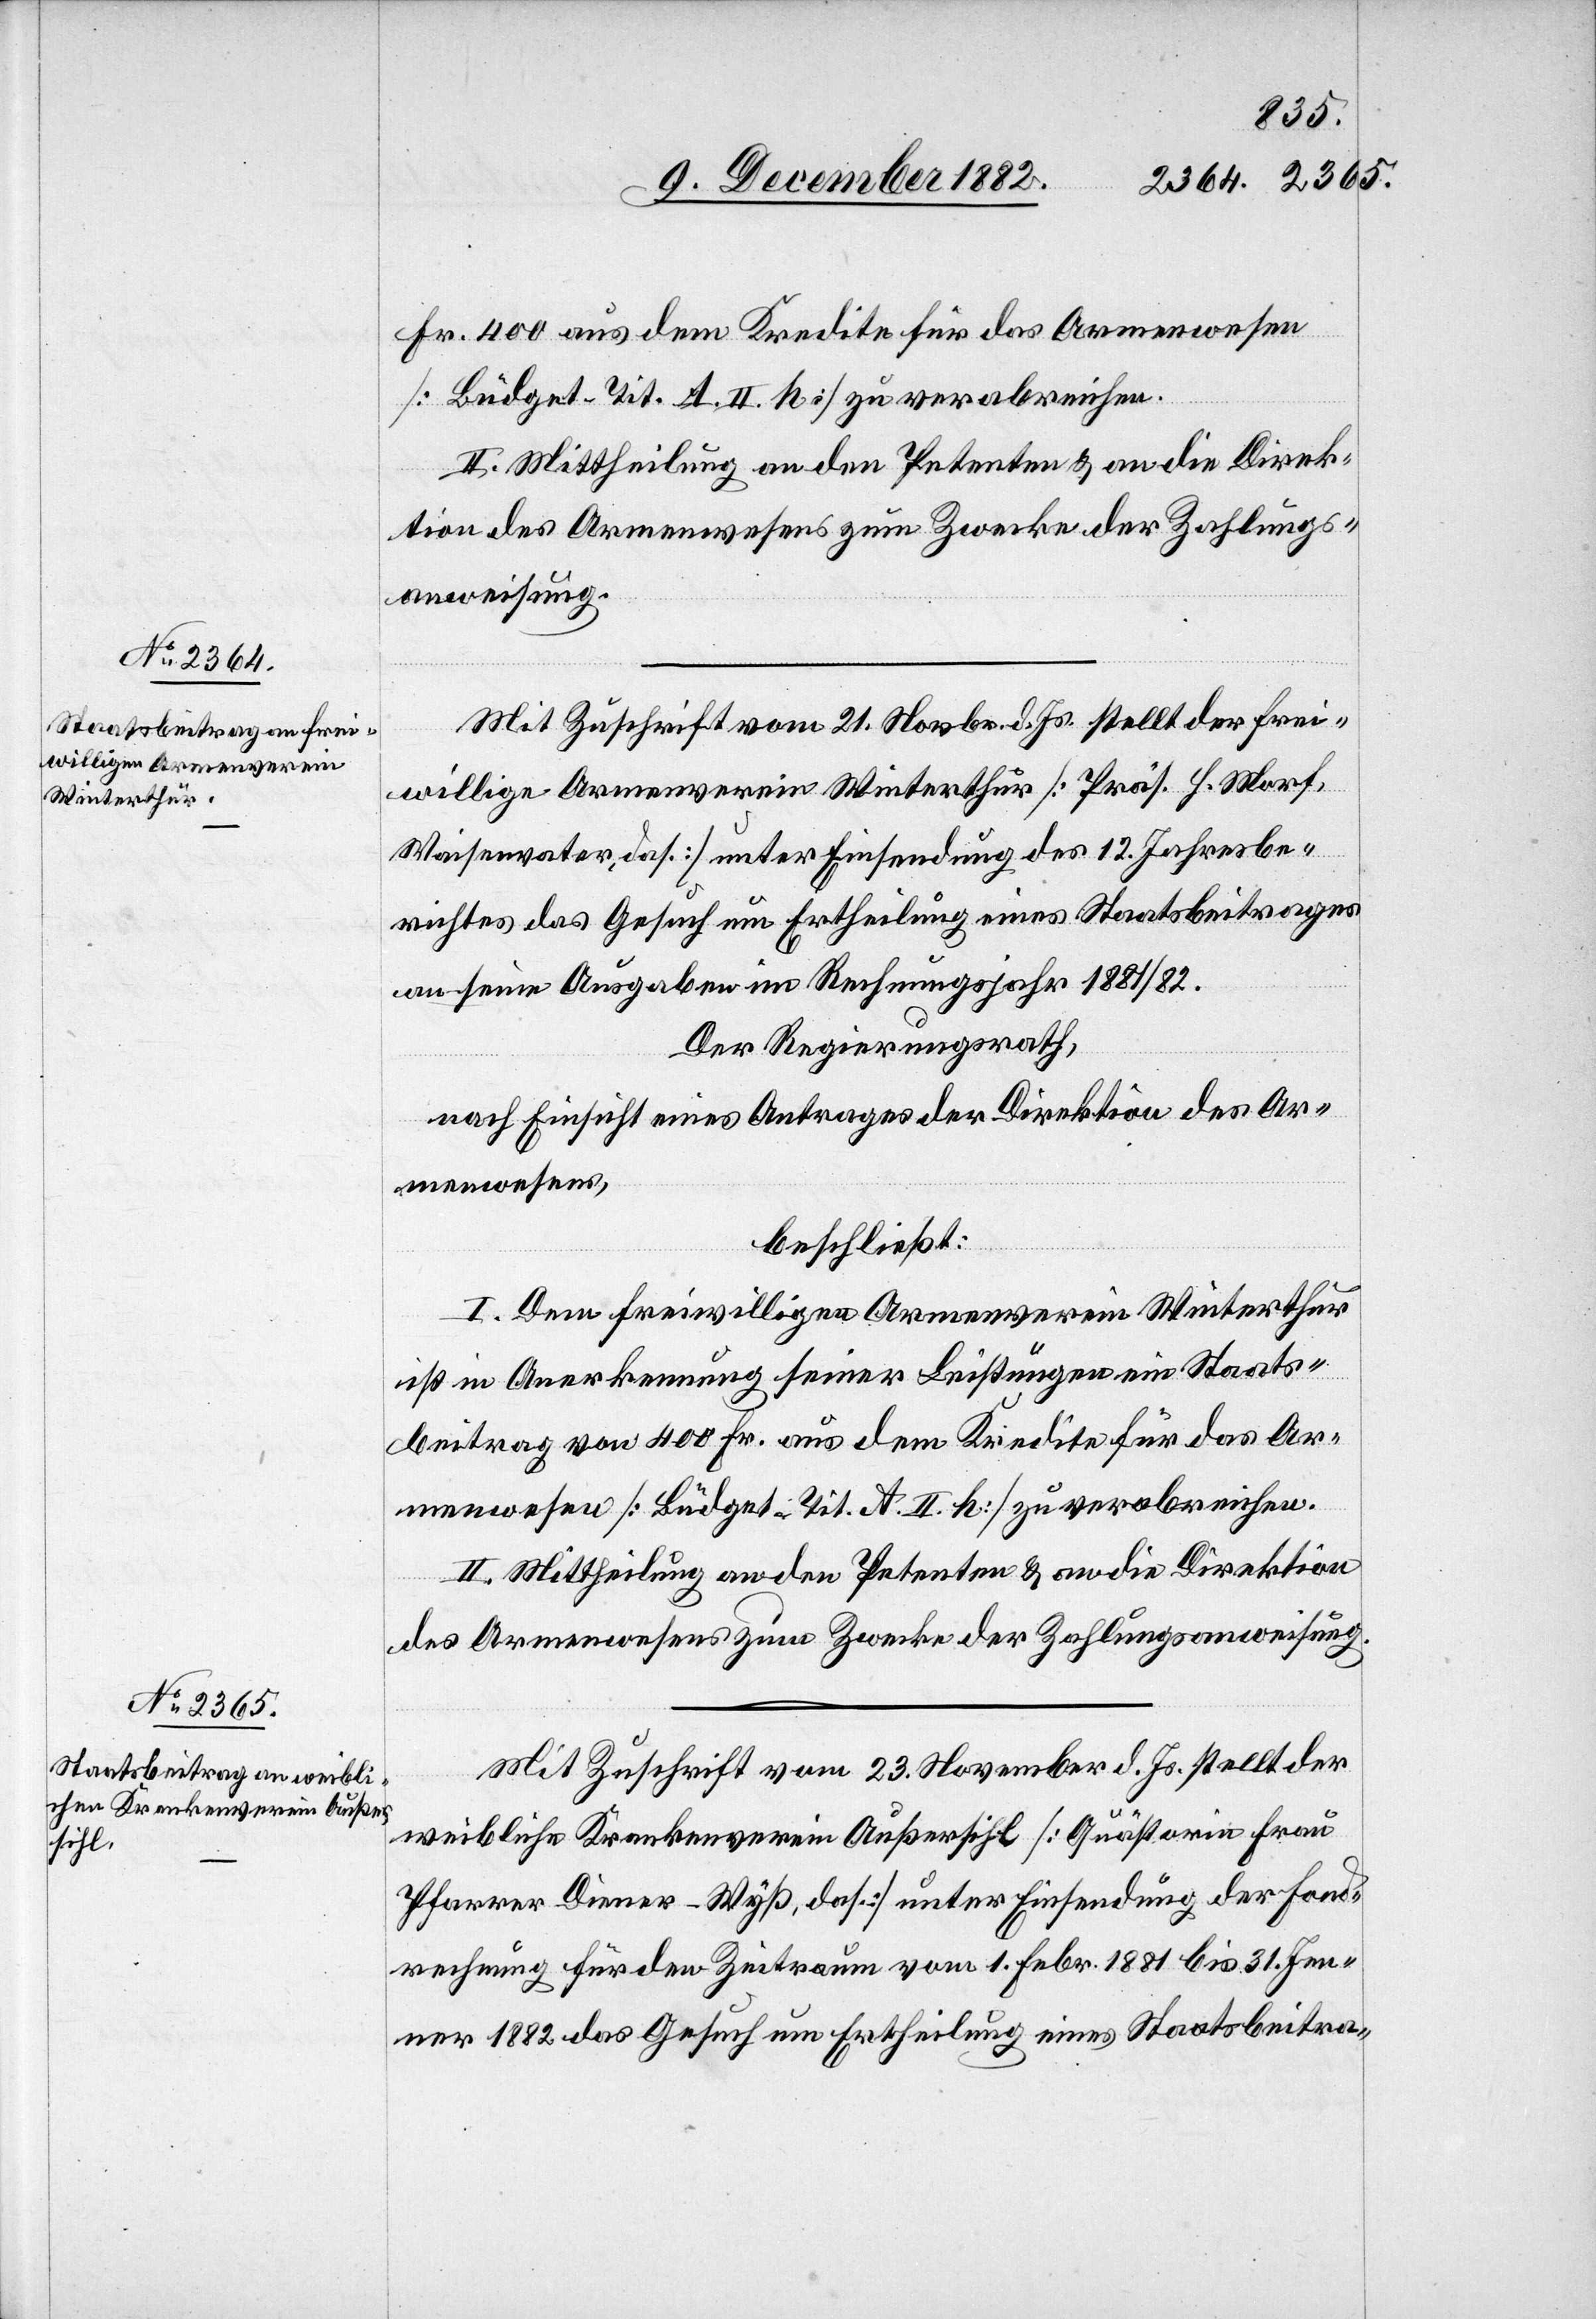
Fr. 400 aus dem Kredite für das Armenwesen
[Büdget-Tit. A. II. h.] zu verabreichen.
II. Mittheilung an den Petenten & an die Direk¬
tion des Armenwesens zum Zwecke der Zahlungs¬
anweisung.
Mit Zuschrift vom 21. Novbr. d. Js. stellt der frei¬
willige Armenverein Winterthur [Präs. H. Morf,
Waisenvater, das.] unter Einsendung des 12. Jahresbe¬
richtes das Gesuch um Ertheilung eines Staatsbeitrages
an seine Ausgaben im Rechnungsjahr 1881/82.
Der Regierungsrath,
nach Einsicht eines Antrages der Direktion des Ar¬
menwesens,
beschließt:
I. Dem freiwilligen Armenverein Winterthur
ist in Anerkennung seiner Leistungen ein Staats¬
beitrag von 400 Fr. aus dem Kredite für das Ar¬
menwesen [Büdget-Tit. A. II. h.] zu verabreichen.
II. Mittheilung an den Petenten & an die Direktion
des Armenwesens zum Zwecke der Zahlungsanweisung.
Mit Zuschrift vom 23. November d. Js. stellt der
weibliche Krankenverein Außersihl [Quästorin Frau
Pfarrer Diener-Wyß, das.] unter Einsendung der Hand¬
rechnung für den Zeitraum vom 1. Febr. 1881 bis 31. Jen¬
ner 1882 das Gesuch um Ertheilung eines Staatsbeitra-